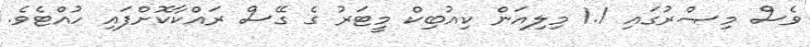
ވެސް މިޞްރުގައި 1.1 މިލިއަން ކިއުބިކް މީޓަރު ގެ ގޭސް ރައްކާކޮށްފައި ހުއްޓެވެ.